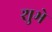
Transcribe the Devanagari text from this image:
शुभे